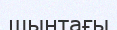
шынтағы